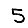
Digit: 5